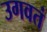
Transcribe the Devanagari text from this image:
उगवतं